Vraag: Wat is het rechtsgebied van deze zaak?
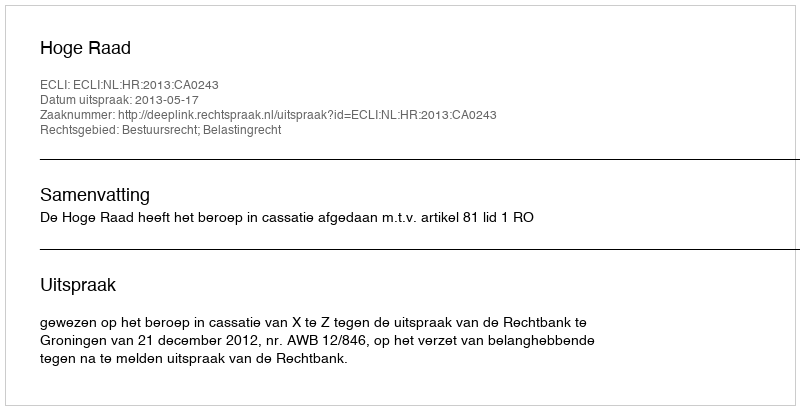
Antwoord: Bestuursrecht; Belastingrecht